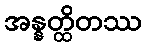
အန္နတ္ထိတဿ